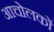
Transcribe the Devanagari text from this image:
आचोलकों